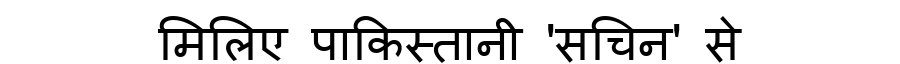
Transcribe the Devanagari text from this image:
मिलिए पाकिस्तानी 'सचिन' से